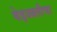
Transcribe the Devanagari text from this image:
बेइज्जतीचा